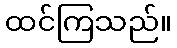
ထင်ကြသည်။